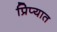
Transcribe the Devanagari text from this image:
प्रिप्यात